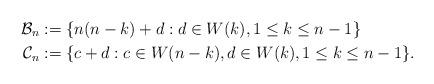
LaTeX: \begin{align*}\mathcal{B}_n &:= \{n(n-k) + d: d \in W(k), 1 \le k \le n-1\}\\\mathcal{C}_n &:= \{c+d : c \in W(n-k), d \in W(k), 1 \le k \le n-1\}.\end{align*}